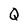
Character: Q